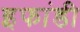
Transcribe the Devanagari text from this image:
इफांडी